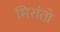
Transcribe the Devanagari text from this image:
मिरांतो